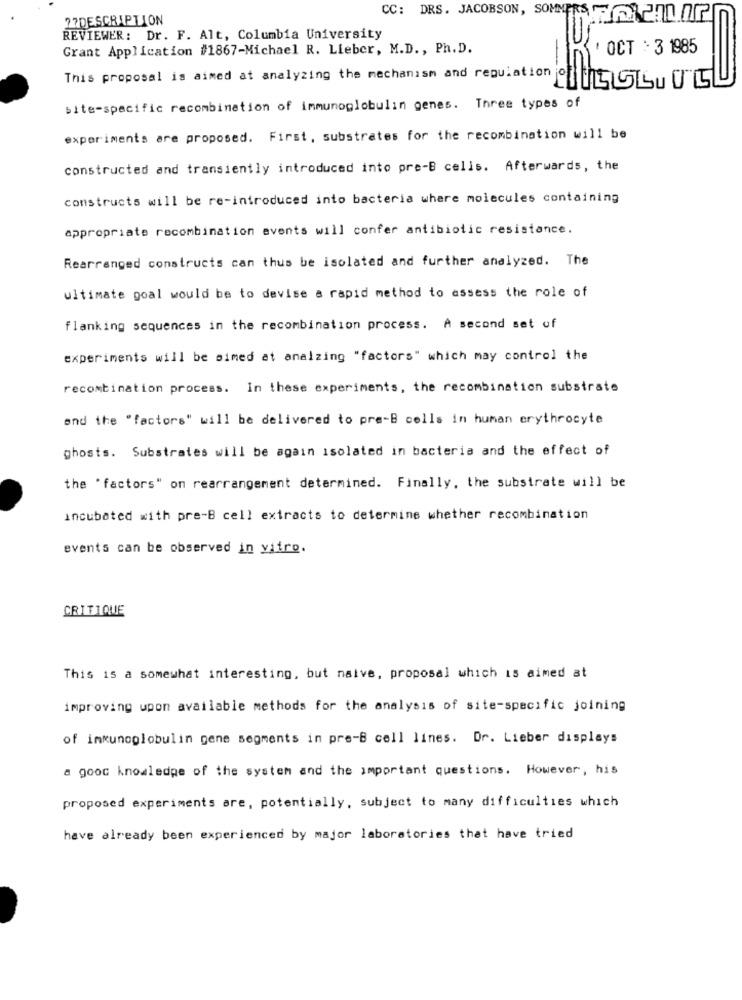
27DESCRIPTION
CC: DRS. JACOBSON, SOMMERS PHILIP
REVIEWER: Dr. F. Alt, Columbia University
Grant Application #1867-Michael R. Lieber, M.D ., Ph. D.
' OCT : 3 1985
This proposal is aimed at analyzing the mechanism and regulation jon GLbu 0 5
site-specific recombination of immunoglobulin genes. Three types of
experiments are proposed. First, substrates for the recombination will be
constructed and transiently introduced into pre-B cells. Afterwards, the
constructs will be re-introduced into bacteria where molecules containing
appropriate recombination events will confer antibiotic resistance.
Rearranged constructs can thus be isolated and further analyzed. The
ultimate goal would be to devise a rapid method to assess the role of
flanking sequences in the recombination process. A second set of
experiments will be aimed at anaizing "factors" which may control the
recombination process. In these experiments, the recombination substrate
and the "factors" will be delivered to pre-B cells in human erythrocyte
ghosts. Substrates will be again isolated in bacteria and the effect of
the 'factors" on rearrangement determined. Finally, the substrate will be
incubated with pre-B cell extracts to determine whether recombination
events can be observed in vitro.
CRITIQUE
This is a somewhat interesting, but naive, proposal which is aimed at
improving upon available methods for the analysis of site-specific joining
of immunoglobulin gene segments in pre-B cell lines. Dr. Lieber displays
a good knowledge of the system and the important questions. However, his
proposed experiments are, potentially, subject to many difficulties which
have already been experienced by major laboratories that have tried